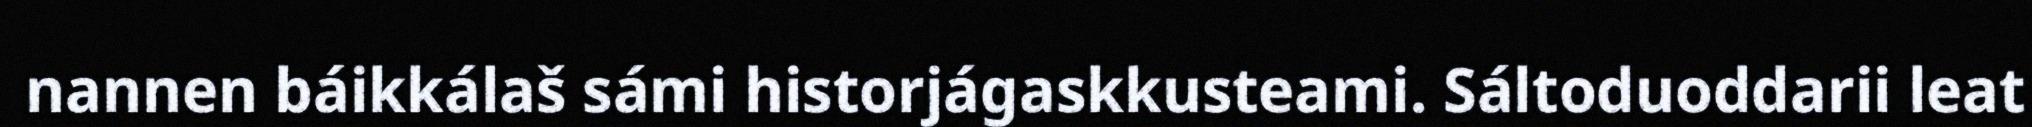
nannen báikkálaš sámi historjágaskkusteami. Sáltoduoddarii leat